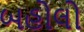
બહોલો